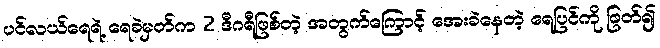
ပင်လယ်ရေရဲ့ ရေခဲမှတ်က 2 ဒီဂရီဖြစ်တဲ့ အတွက်ကြောင့် အေးခဲနေတဲ့ ရေပြင်ကို ဖြတ်၍